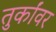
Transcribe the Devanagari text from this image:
तुर्कांवर